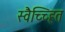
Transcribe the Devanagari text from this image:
स्वैच्च्हित